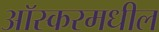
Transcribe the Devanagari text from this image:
आॅस्करमधील